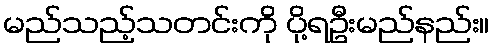
မည်သည့်သတင်းကို ပို့ရဦးမည်နည်း။